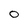
Character: 0